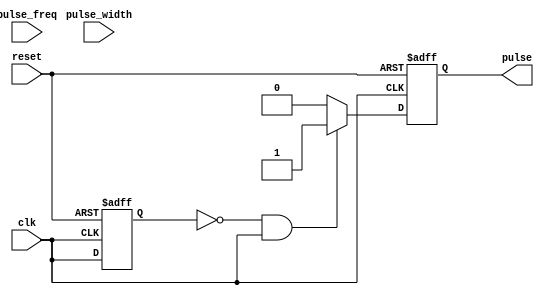
module FallingEdgePulseGenerator(
    input wire clk,
    input wire reset,
    input wire pulse_width,
    input wire pulse_freq,
    output reg pulse
);

reg prev_clk;

always @(posedge clk or posedge reset) begin
    if (reset) begin
        prev_clk <= 0;
        pulse <= 0;
    end else begin
        if (!prev_clk && clk) begin // Detect falling edge of the clock signal
            pulse <= 1;
        end else begin
            pulse <= 0;
        end
        
        prev_clk <= clk;
    end
end

endmodule